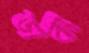
ডাবা